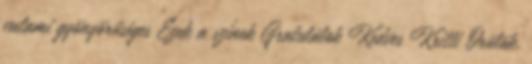
valami gyönyörűséges Ezek a színek Gratulálok Kedves Kritti Örülök,